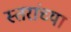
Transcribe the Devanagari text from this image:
स्तरांच्या